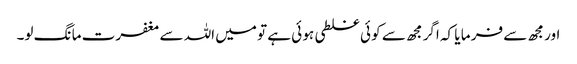
اور مجھ سے فر ما یا کہ اگر مجھ سے کو ئی غلطی ہو ئی ہے تو میں اللہ سے مغفرت ما نگ لو۔